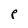
Character: P